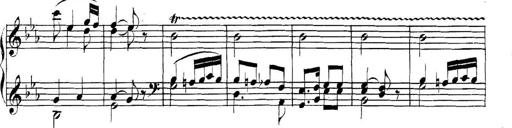
Title: Collected Piano Sonatas
Composer: Muzio Clementi